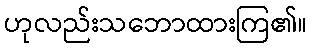
ဟုလည်းသဘောထားကြ၏။